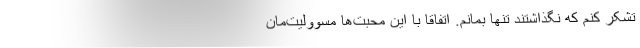
تشکر کنم که نگذاشتند تنها بمانم. اتفاقا با این محبت‌ها مسوولیت‌مان